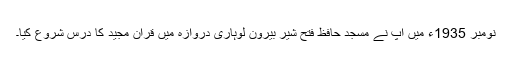
نومبر 1935ء میں آپ نے مسجد حافظ فتح شیر بیرون لوہاری دروازہ میں قرآن مجید کا درس شروع کیا۔